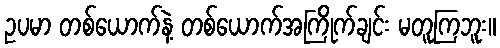
ဥပမာ တစ်ယောက်နဲ့ တစ်ယောက်အကြိုက်ချင်း မတူကြဘူး။